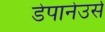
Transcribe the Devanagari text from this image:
डेपानेउर्स